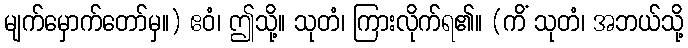
မျက်မှောက်တော်မှ။) ဧဝံ၊ ဤသို့။ သုတံ၊ ကြားလိုက်ရ၏။ (ကိံ သုတံ၊ အဘယ်သို့